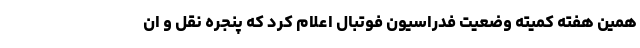
همین هفته کمیته وضعیت فدراسیون فوتبال اعلام کرد که پنجره نقل و ان